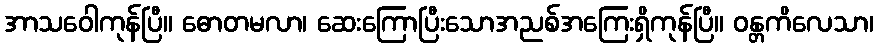
အာသဝေါကုန်ပြီ။ ဓောတမလာ၊ ဆေးကြောပြီးသောအညစ်အကြေးရှိကုန်ပြီ။ ဝန္တကိလေသာ၊